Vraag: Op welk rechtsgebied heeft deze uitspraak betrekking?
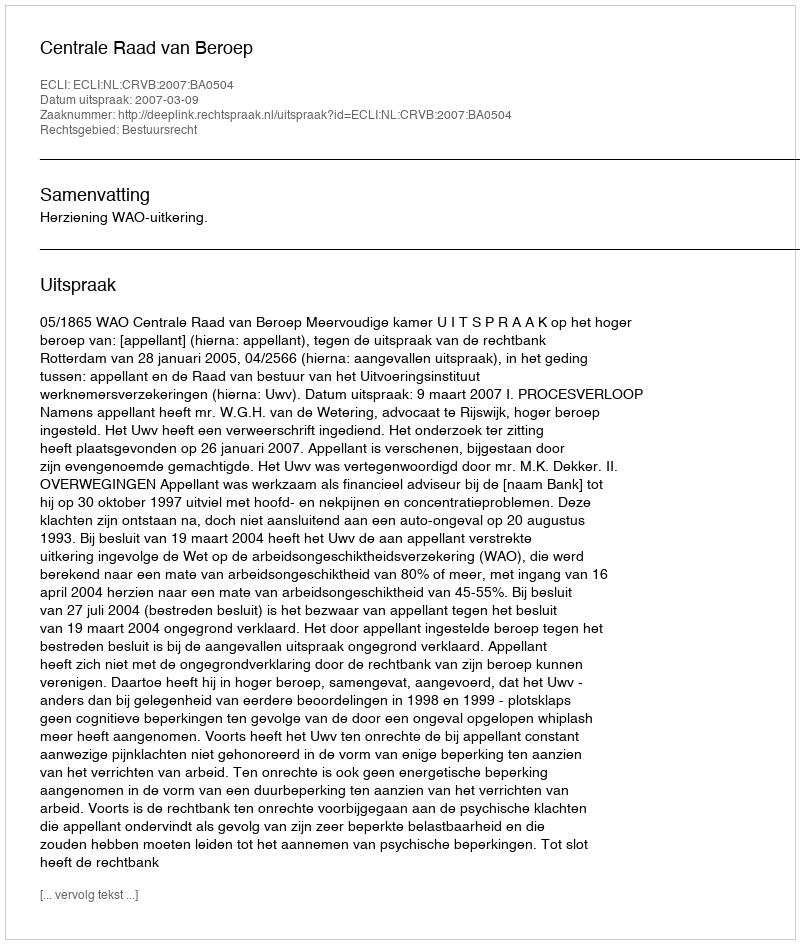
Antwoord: Bestuursrecht